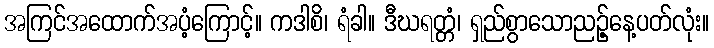
အကြင်အထောက်အပံ့ကြောင့်။ ကဒါစိ၊ ရံခါ။ ဒီဃရတ္တံ၊ ရှည်စွာသောညဉ့်နေ့ပတ်လုံး။